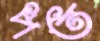
পত